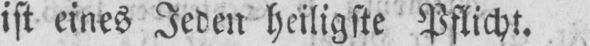
ist eines Jeden heiligste Pflicht.